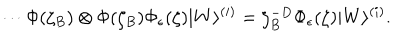
LaTeX: \cdots \Phi ( \zeta _ { B } ) \otimes \Phi ( \zeta _ { B } ) \Phi _ { \epsilon } ( \zeta ) | W \rangle ^ { ( i ) } = \zeta _ { B } ^ { - D } \Phi _ { \epsilon } ( \zeta ) | W \rangle ^ { ( i ) } .